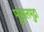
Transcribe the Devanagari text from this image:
मुसलमुद्रा